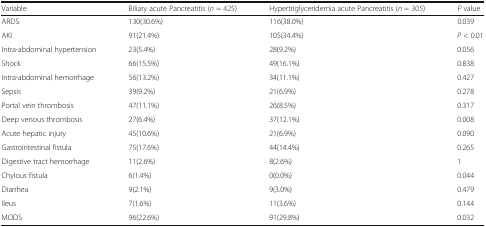
<table><thead><tr><td><b>Variable</b></td><td><b>Biliary acute Pancreatitis (<i>n</i> = 425)</b></td><td><b>Hypertriglyceridemia acute Pancreatitis (<i>n</i> = 305)</b></td><td><b><i>P</i> value</b></td></tr></thead><tbody><tr><td>ARDS</td><td>130(30.6%)</td><td>116(38.0%)</td><td>0.039</td></tr><tr><td>AKI</td><td>91(21.4%)</td><td>105(34.4%)</td><td><i>P</i> &lt; 0.01</td></tr><tr><td>Intra-abdominal hypertension</td><td>23(5.4%)</td><td>28(9.2%)</td><td>0.056</td></tr><tr><td>Shock</td><td>66(15.5%)</td><td>49(16.1%)</td><td>0.838</td></tr><tr><td>Intra-abdominal hemorrhage</td><td>56(13.2%)</td><td>34(11.1%)</td><td>0.427</td></tr><tr><td>Sepsis</td><td>39(9.2%)</td><td>21(6.9%)</td><td>0.278</td></tr><tr><td>Portal vein thrombosis</td><td>47(11.1%)</td><td>26(8.5%)</td><td>0.317</td></tr><tr><td>Deep venous thrombosis</td><td>27(6.4%)</td><td>37(12.1%)</td><td>0.008</td></tr><tr><td>Acute hepatic injury</td><td>45(10.6%)</td><td>21(6.9%)</td><td>0.090</td></tr><tr><td>Gastrointestinal fistula</td><td>75(17.6%)</td><td>44(14.4%)</td><td>0.265</td></tr><tr><td>Digestive tract hemorrhage</td><td>11(2.6%)</td><td>8(2.6%)</td><td>1</td></tr><tr><td>Chylous fistula</td><td>6(1.4%)</td><td>0(0.0%)</td><td>0.044</td></tr><tr><td>Diarrhea</td><td>9(2.1%)</td><td>9(3.0%)</td><td>0.479</td></tr><tr><td>Ileus</td><td>7(1.6%)</td><td>11(3.6%)</td><td>0.144</td></tr><tr><td>MODS</td><td>96(22.6%)</td><td>91(29.8%)</td><td>0.032</td></tr></tbody></table>